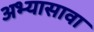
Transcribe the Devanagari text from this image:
अभ्यासावा